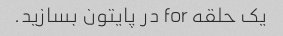
یک حلقه for در پایتون بسازید.